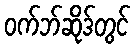
ဝက်ဘ်ဆိုဒ်တွင်